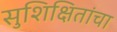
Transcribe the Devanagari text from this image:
सुशिक्षितांचा